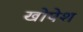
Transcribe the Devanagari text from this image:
खोपेश